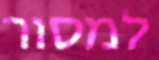
למסור